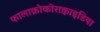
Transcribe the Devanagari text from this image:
फालाक्रोकोराक्वाइडिया